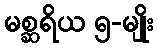
မစ္ဆရိယ ၅-မျိုး